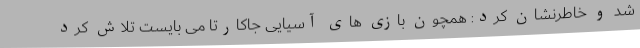
شد و خاطرنشان کرد: همچون بازی های آسیایی جاکارتا می بایست تلاش کرد